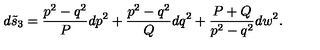
d \tilde { s } _ { 3 } = { \frac { p ^ { 2 } - q ^ { 2 } } { P } } d p ^ { 2 } + { \frac { p ^ { 2 } - q ^ { 2 } } { Q } } d q ^ { 2 } + { \frac { P + Q } { p ^ { 2 } - q ^ { 2 } } } d w ^ { 2 } .